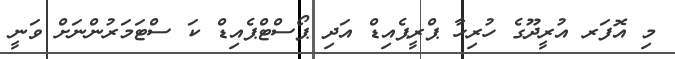
މި އޮފަރ އުރީދޫގެ ހުރިހާ ޕްރީޕެއިޑް އަދި ޕޯސްޓްޕެއިޑް ކަ ސްޓަމަރުންނަށް ވަނީ